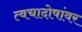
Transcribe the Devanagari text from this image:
त्वचादोषांवर